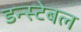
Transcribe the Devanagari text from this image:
डन्स्टेबल